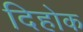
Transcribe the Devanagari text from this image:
दिहोक